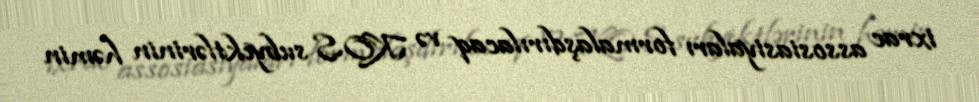
ixrac assosiasiyaları formalaşdırılacaq və KOS subyektlərinin həmin